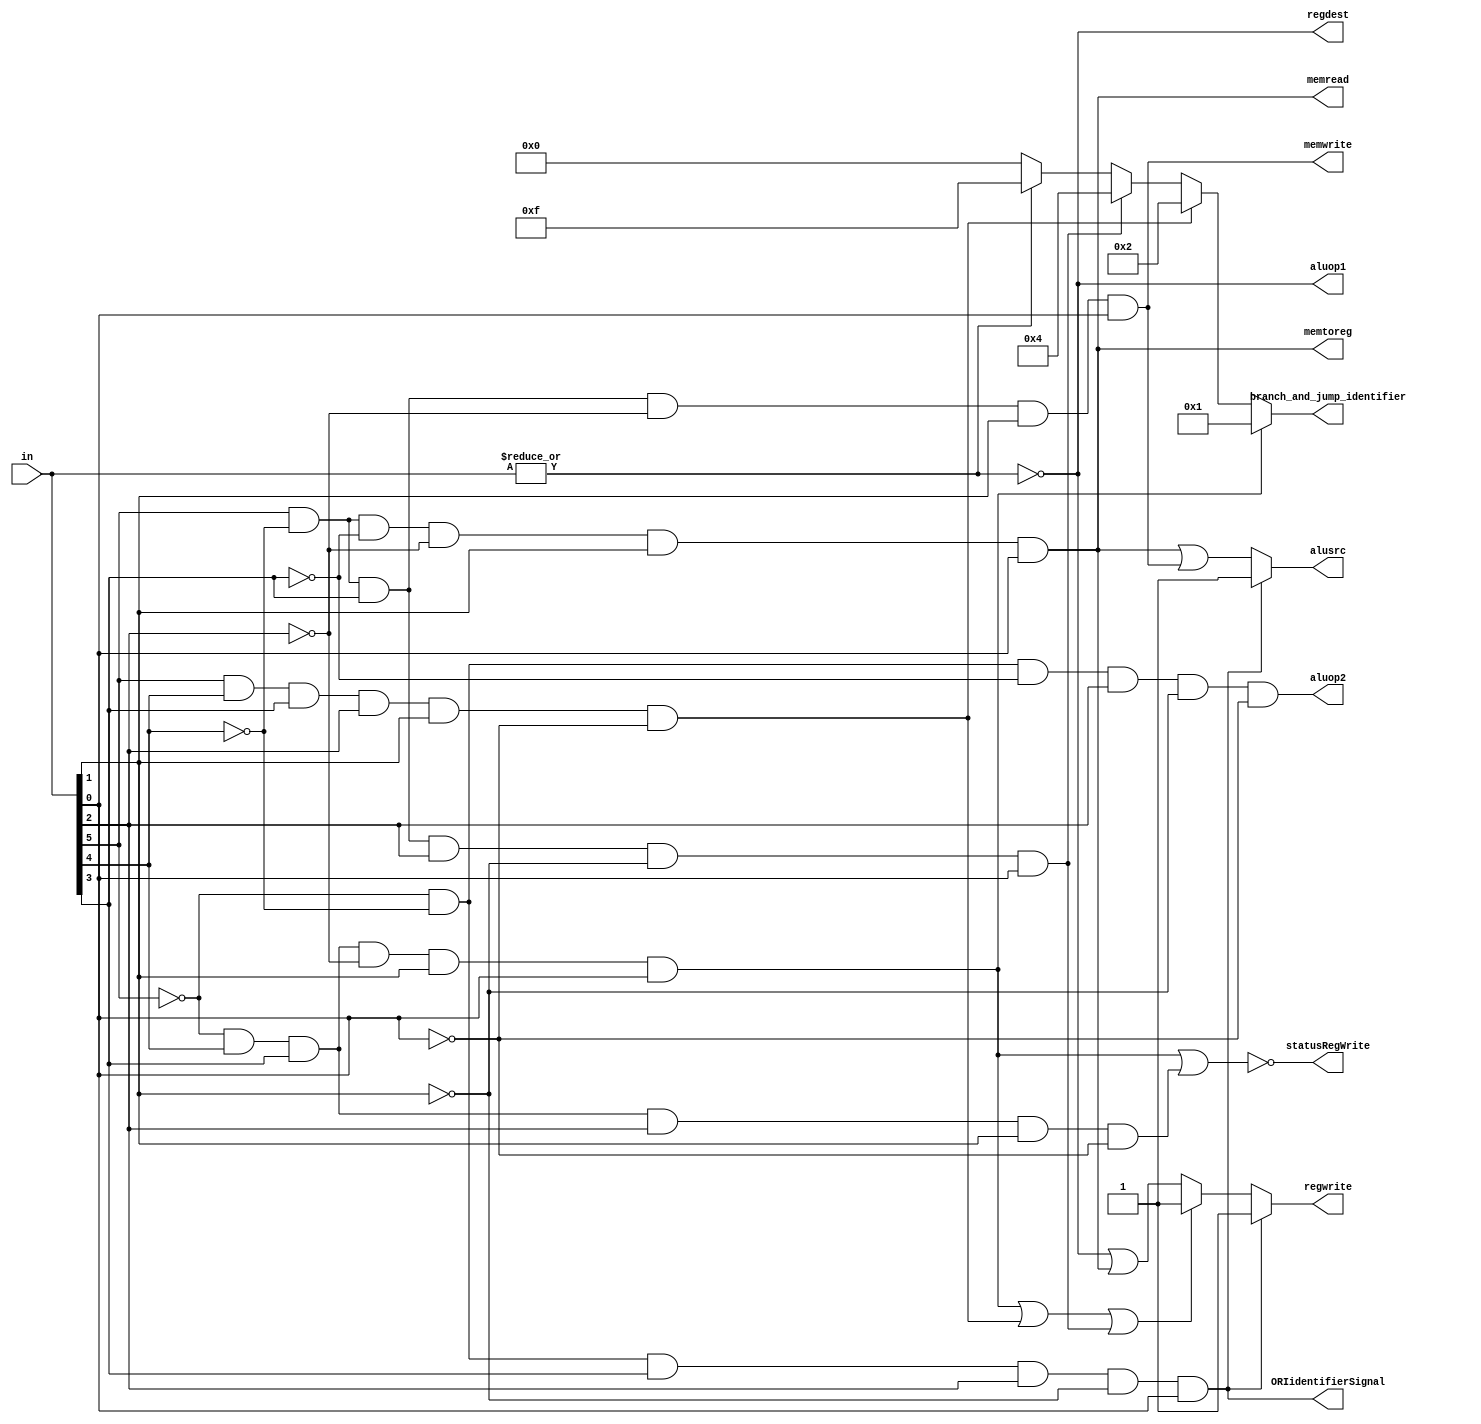
module control(in,regdest,alusrc,memtoreg,regwrite,memread,memwrite,branch_and_jump_identifier,aluop1,aluop2,ORIidentifierSignal,statusRegWrite);
input [5:0] in;//001101
output regdest,alusrc,memtoreg,regwrite,memread,memwrite,aluop1,aluop2,ORIidentifierSignal,statusRegWrite;
output [3:0] branch_and_jump_identifier;
wire rformat,lw,sw,register31_write,beq;
assign register31_write=(~in[5])&(in[4])&(in[3])&(~in[2])&(in[1])&(in[0])|((in[5])&(in[4])&(in[3])&(in[2])&(in[1])&(~in[0]))|((in[5])&(~in[4])&(in[3])&(in[2])&(~in[1])&(in[0]));
assign ORIidentifierSignal=(~in[5]) & (~in[4])&(in[3])&(in[2])&(~in[1])&in[0];//001101 13
assign beq=~in[5]& (~in[4])&(~in[3])&in[2]&(~in[1])&(~in[0]);
assign rformat=~|in;
assign lw=in[5]& (~in[4])&(~in[3])&(~in[2])&in[1]&in[0];
assign sw=in[5]& (~in[4])&in[3]&(~in[2])&in[1]&in[0];
assign regdest=rformat;
assign statusRegWrite = ~(((~in[5])& (in[4])&(in[3])&(~in[2])&(in[1])&(in[0])) | ((~in[5])& (in[4])&(in[3])&in[2]&(in[1])&(~in[0])));
assign alusrc=ORIidentifierSignal ? 1:lw|sw;
assign memtoreg=lw;
assign regwrite= (ORIidentifierSignal) ?  1:(register31_write ? 1:rformat|lw);
assign memread=lw;
assign memwrite=sw;
assign branch_and_jump_identifier= ((~in[5])&(in[4])&(in[3])&(~in[2])&(in[1])&(in[0])) ? 4'b0001:(((in[5])&(in[4])&(in[3])&(in[2])&(in[1])&(~in[0])) ? 4'b0010:(((in[5])&(~in[4])&(in[3])&(in[2])&(~in[1])&(in[0])) ? 4'b0100:(rformat ? 4'b0000:4'b1111)));
assign aluop1=rformat;
assign aluop2=beq;
endmodule